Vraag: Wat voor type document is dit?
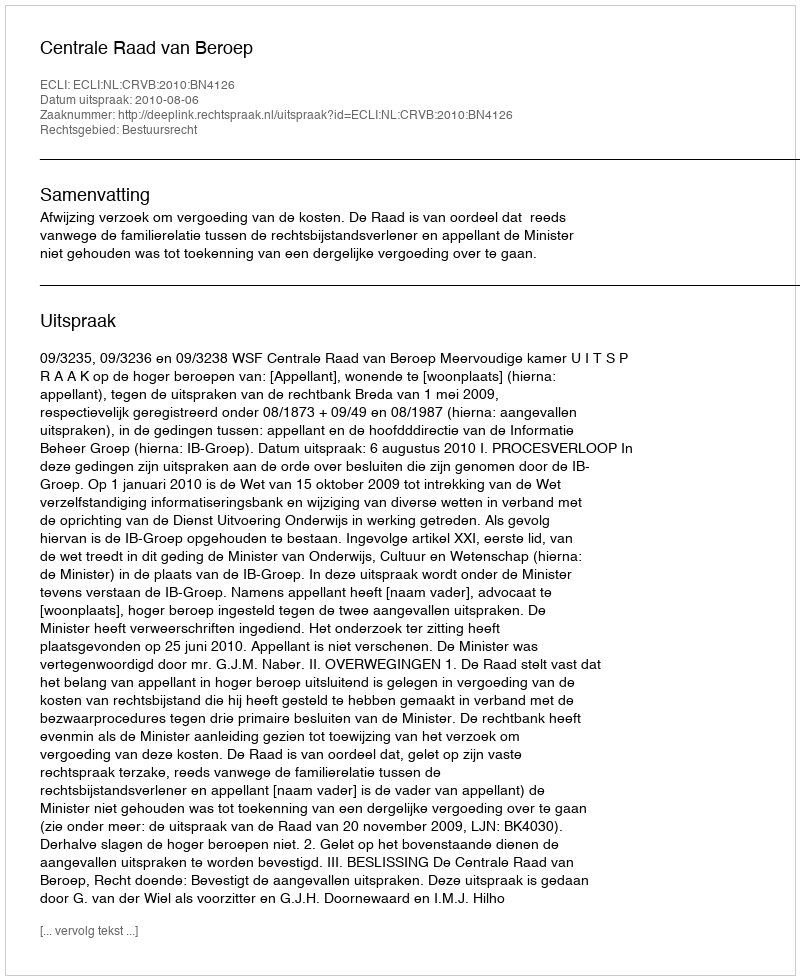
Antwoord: Uitspraak